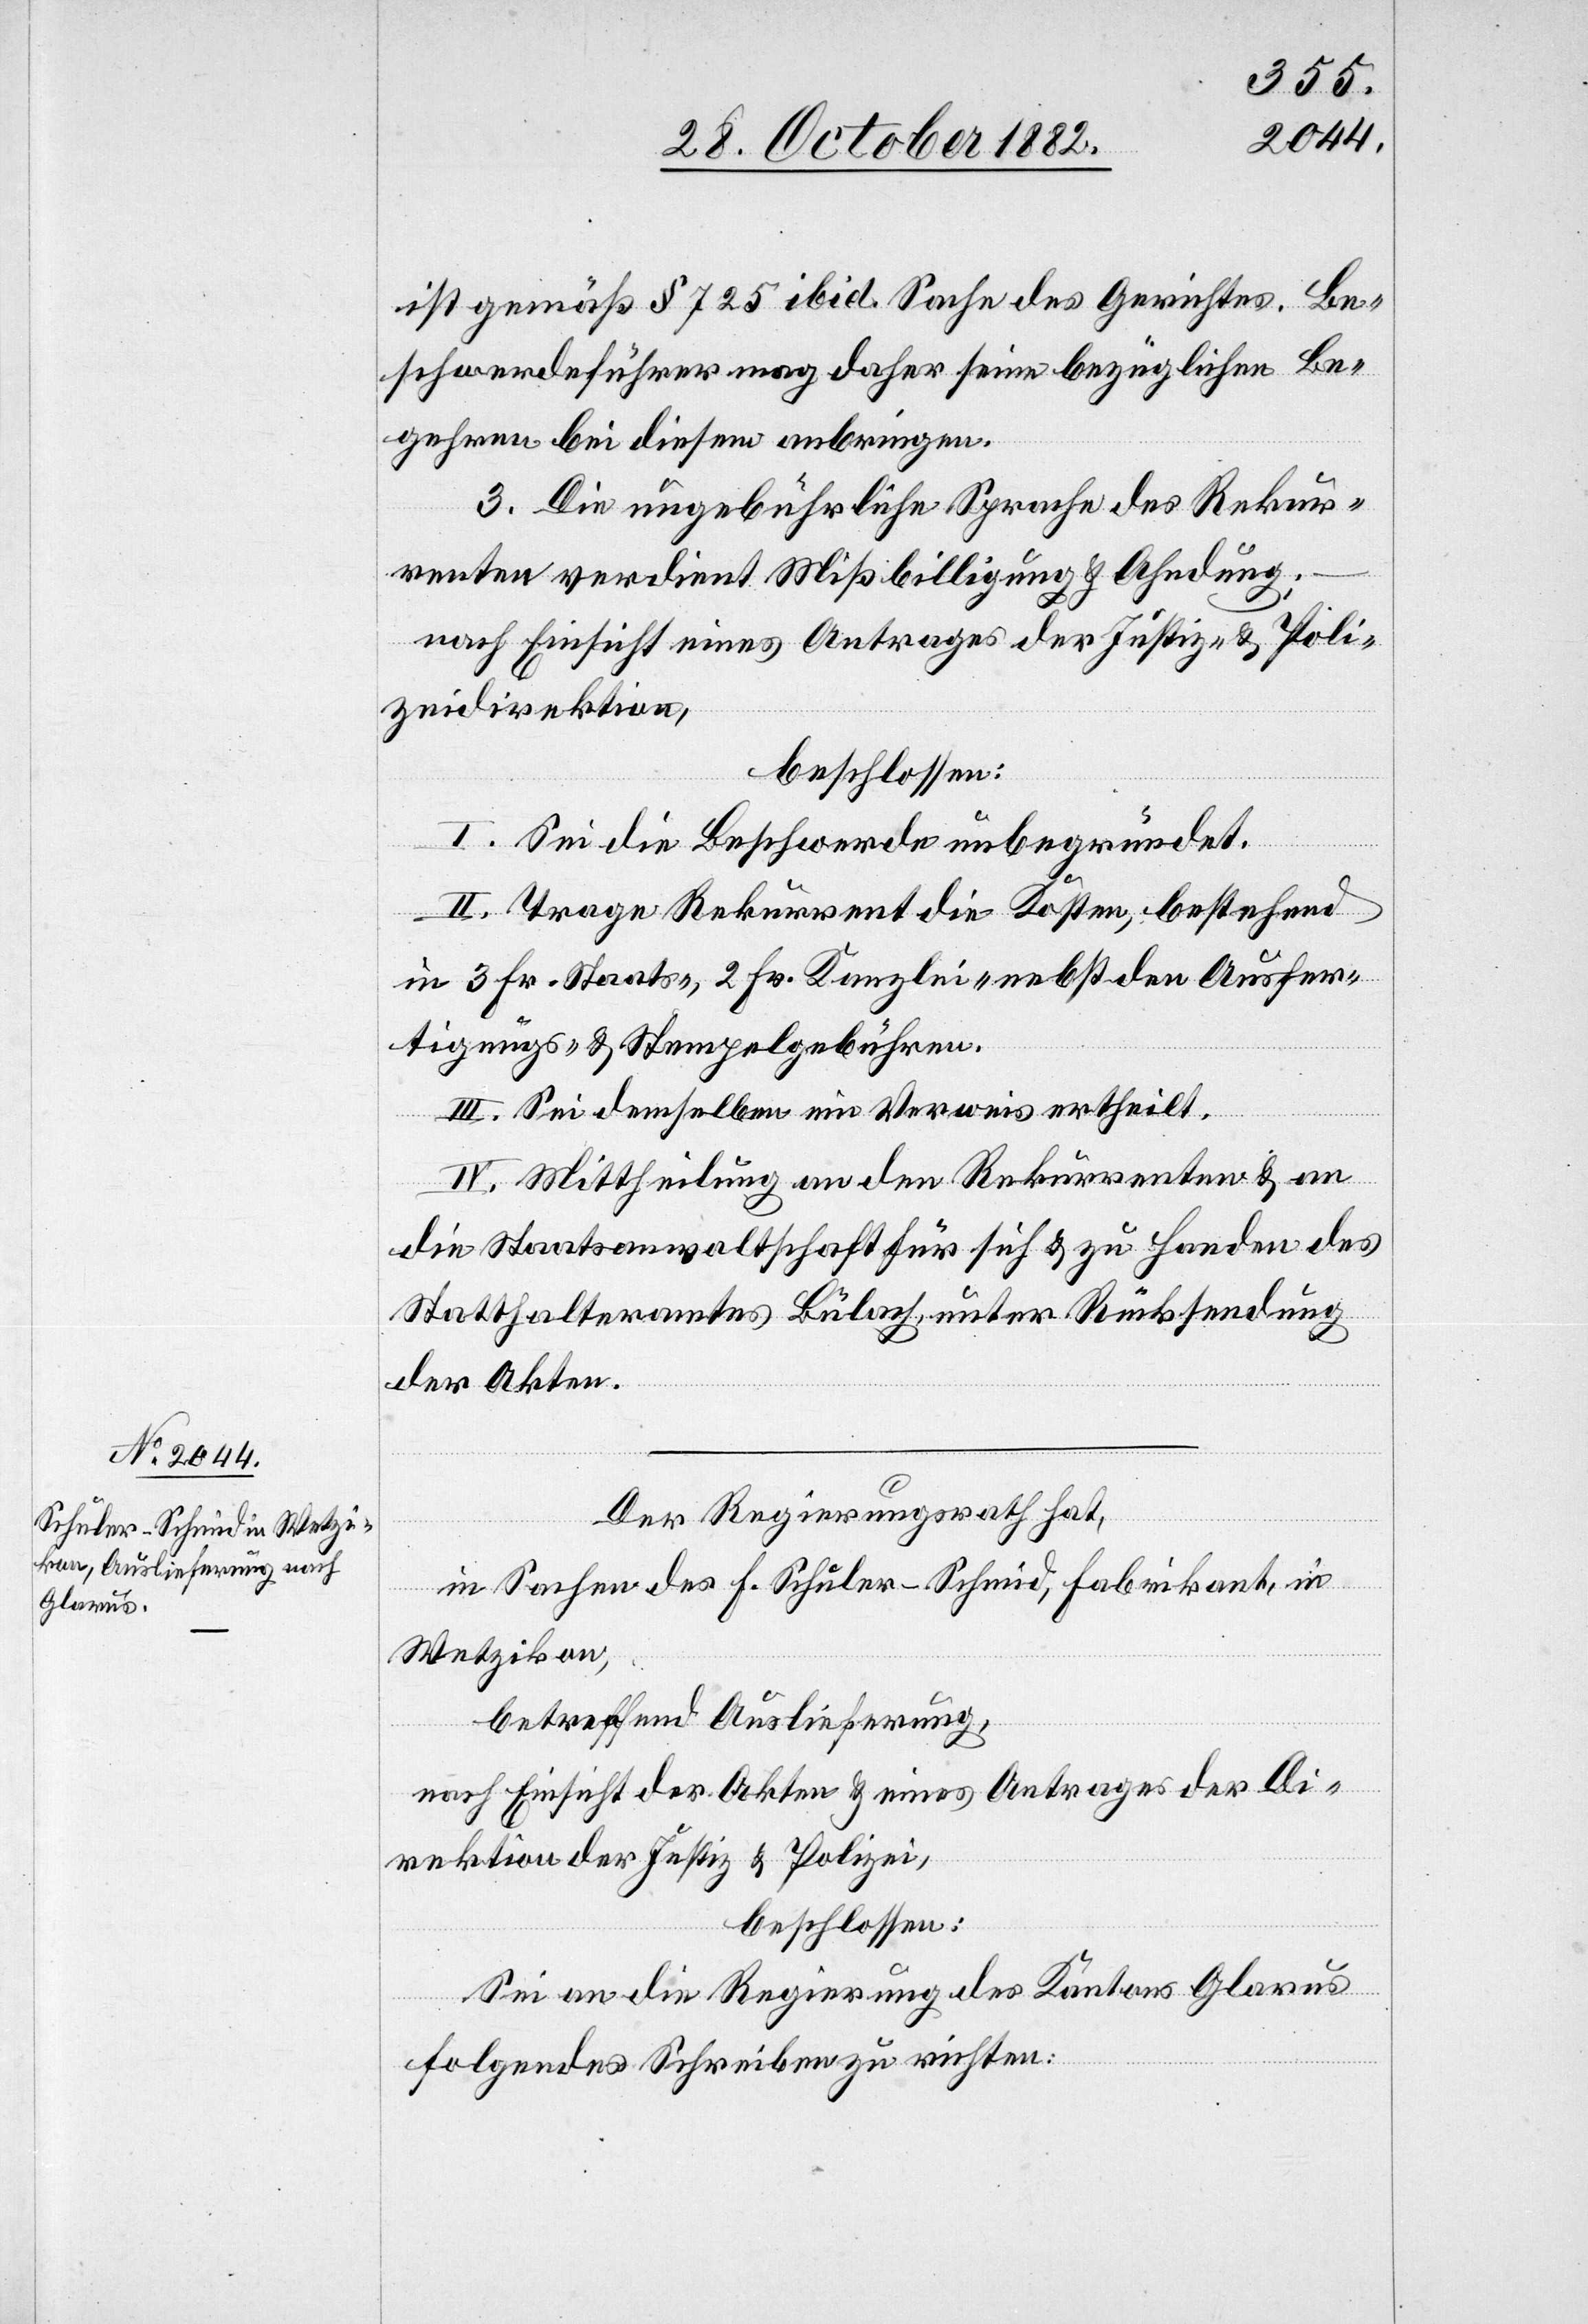
ist gemäß § 725 ibid. Sache des Gerichtes. Be¬
schwerdeführer mag daher seine bezüglichen Be¬
gehren bei diesem anbringen.
3. Die ungebührliche Sprache des Rekur¬
renten verdient Mißbilligung & Ahndung;
nach Einsicht eines Antrages der Justiz- & Poli¬
zeidirektion,
beschlossen:
I. Sei die Beschwerde unbegründet.
II. Trage Rekurrent die Kosten, bestehend
in 3 Fr. Staats-, 2 Fr. Kanzlei- nebst den Ausfer¬
tigungs- & Stempelgebühren.
III. Sei demselben ein Verweis ertheilt.
IV. Mittheilung an den Rekurrenten & an
die Staatsanwaltschaft für sich & zu Handen des
Statthalteramtes Bülach unter Rücksendung
der Akten.